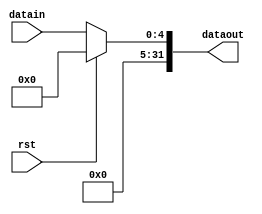
`timescale 1ns / 1ps
//////////////////////////////////////////////////////////////////////////////////
// Company: 
// Engineer: 
// 
// Design Name: 
// Module Name: ext5
// Project Name: 
// Target Devices: 
// Tool Versions: 
// Description: 
// 
// Dependencies: 
// 
// Revision:
// Revision 0.01 - File Created
// Additional Comments:
// 
//////////////////////////////////////////////////////////////////////////////////


module ext5(
    input [4:0] datain,
    output reg [31:0] dataout,
    input rst
    );
    always@(*)begin
        if(rst)
            dataout <= 0;
        else
            dataout = {27'b0,datain};    
    end
endmodule